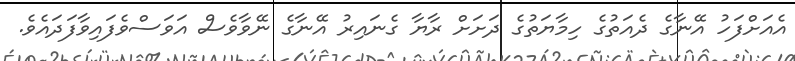
އެއަށްފަހު އޭނާގެ ދެއަތުގެ ހިމާޔަތުގެ ދަށަށް ރާޔާ ގެނައިރު އޭނާގެ ނޭވާވެސް އަވަސްވެފައިވާފަދައެވެ.